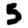
Digit: 5